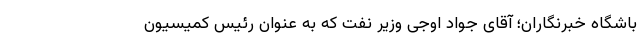
باشگاه خبرنگاران؛ آقای جواد اوجی وزیر نفت که به عنوان رئیس کمیسیون